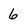
Character: 6